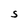
Character: S